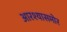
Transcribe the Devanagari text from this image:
आरश्यासमोर